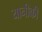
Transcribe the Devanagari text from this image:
यानीकी